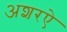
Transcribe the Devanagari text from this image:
अशरऐ